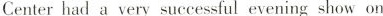
Centerhad a very successful evening show on